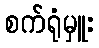
စက်ရုံမှူး